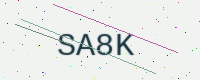
Text: SA8K